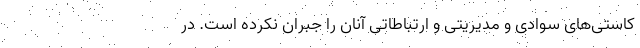
کاستی‌های سوادی و مدیریتی و ارتباطاتی آنان را جبران نکرده است. در